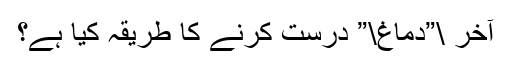
آخر \”دماغ\” درست کرنے کا طریقہ کیا ہے؟